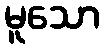
မူသော